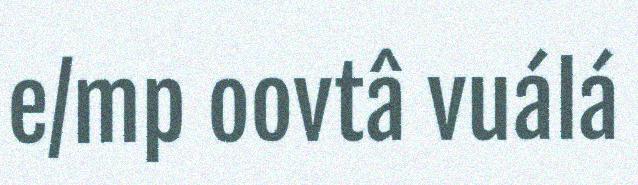
e/mp oovtâ vuálá